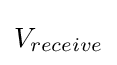
V_{receive}